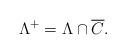
LaTeX: \begin{align*} \Lambda^+ = \Lambda \cap \overline{C}.\end{align*}